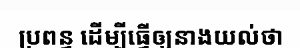
ប្រពន្ធ ដើម្បីធ្វើឲ្យនាងយល់ថា